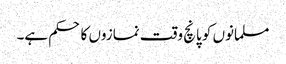
مسلمانوں کو پانچ وقت نمازوں کا حکم ہے۔